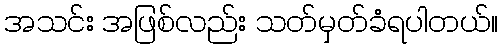
အသင်း အဖြစ်လည်း သတ်မှတ်ခံရပါတယ်။